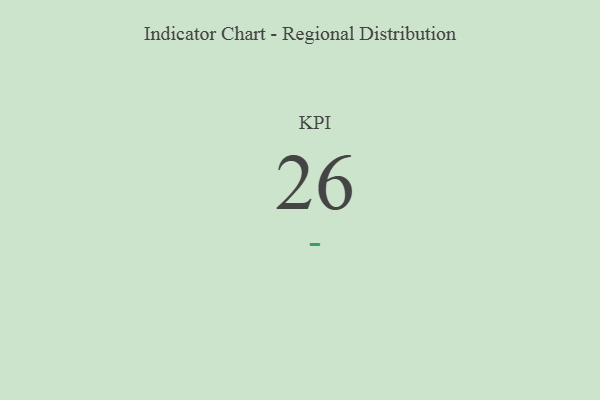
{"axis": {"x": "KPI", "y": "Value"}, "legend": [""], "data": [{"x": "KPI", "y": 26, "type": ""}]}